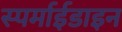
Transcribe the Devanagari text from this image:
स्पर्माईडाइन